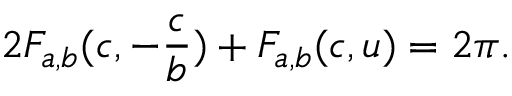
2 F _ { a , b } ( c , - \frac { c } { b } ) + F _ { a , b } ( c , u ) = 2 \pi .